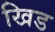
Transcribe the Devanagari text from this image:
खिड